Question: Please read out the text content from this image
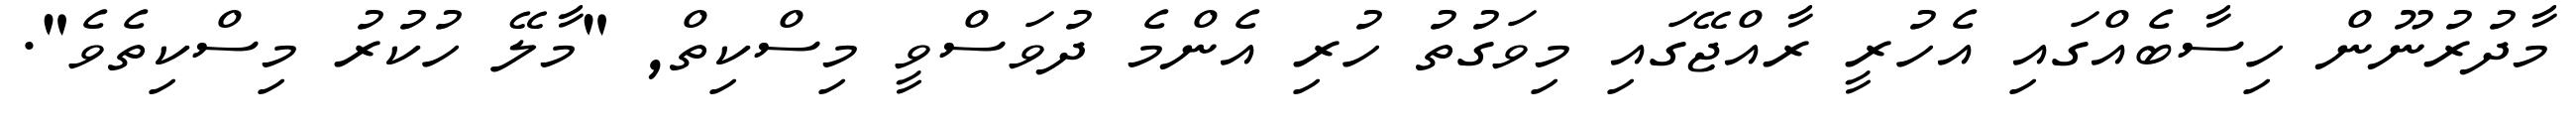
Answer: މާދުރުނޫން ހިސާބެއްގައި އެހުރީ ރާއްޖޭގައި މިވަގުތު ހުރި އެންމެ ދުވަސްވީ މިސްކިތް, "މާލޭ ހުކުރު މިސްކިތެވެ".